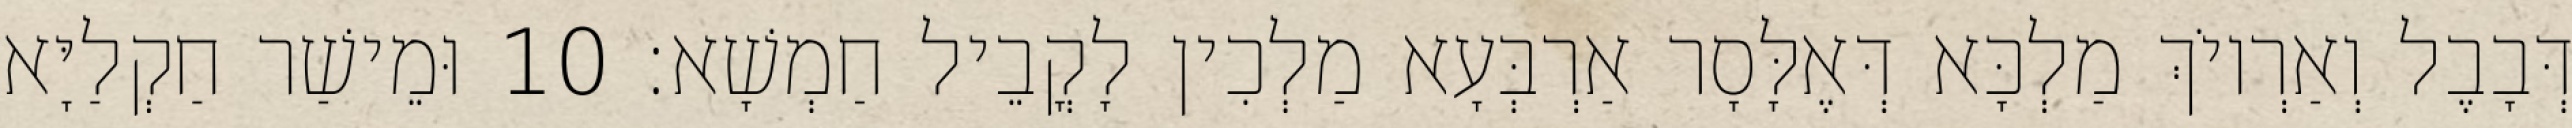
דְּבָבֶל וְאַרְיוֹךְ מַלְכָּא דְּאֶלָּסָר אַרְבְּעָא מַלְכִין לָקֳבֵיל חַמְשָׁא׃ 10 וּמֵישַׁר חַקְלַיָּא